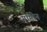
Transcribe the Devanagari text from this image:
गोष्टीन